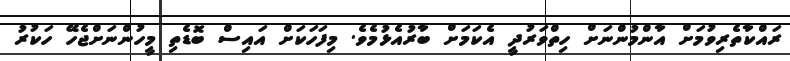
ރައްކާތެރިވުމަށް އާންމުންނަށް ހިތްވަރުދީ އެކަމަށް ބާރުއެޅުމެވެ. މިފަހަކަށް އައިސް ބޮޑެތި މީހުންނަށްޖެހޭ ހަކުރު